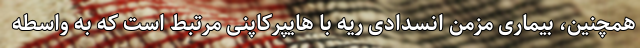
همچنین، بیماری مزمن انسدادی ریه با هایپرکاپنی مرتبط است که به واسطه